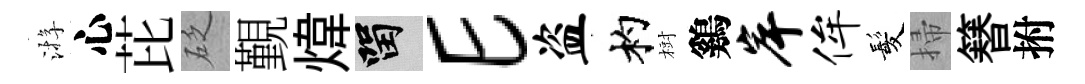
㳺心芘砭覲煒留E盗杓𣗳鷄岸侔髪掃簮拊